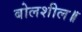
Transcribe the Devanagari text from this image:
बोलशील॥